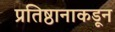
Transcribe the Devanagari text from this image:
प्रतिष्ठानाकडून